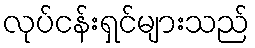
လုပ်ငန်းရှင်များသည်